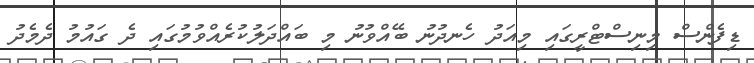
ޑިފެންސް މިނިސްޓްރީގައި މިއަދު ހެނދުނު ބޭއްވުނު މި ބައްދަލުކުރެއްވުމުގައި ދެ ގައުމު ދެމެދު